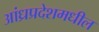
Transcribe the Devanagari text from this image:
आंध्रप्रदेशमधील